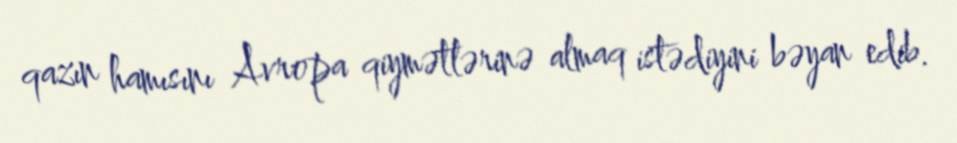
qazın hamısını Avropa qiymətlərinə almaq istədiyini bəyan edib.